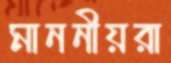
মাননীয়রা